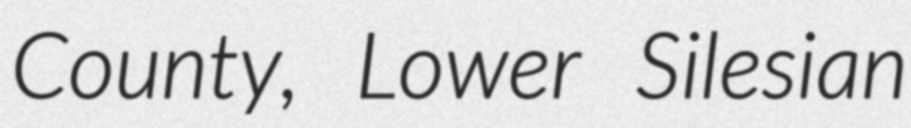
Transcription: County, Lower Silesian